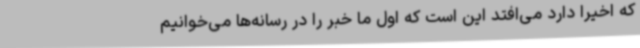
که اخیراً دارد می‌افتد این است که اول ما خبر را در رسانه‌ها می‌خوانیم